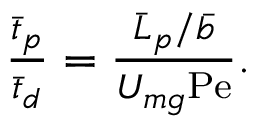
\begin{array} { r } { \frac { \bar { t } _ { p } } { \bar { t } _ { d } } = \frac { \bar { L } _ { p } / \bar { b } } { U _ { m g } \mathrm { P e } } . } \end{array}